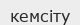
кемсіту